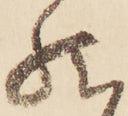
然